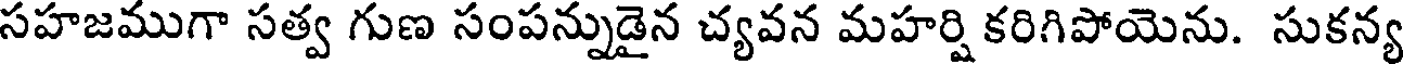
సహజముగా సత్వ గుణ సంపన్నుడైన చ్యవన మహర్షి కరిగిపోయెను. సుకన్య